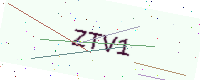
Text: ZTV1